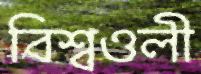
বিশ্বওলী